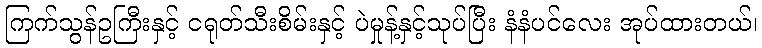
ကြက်သွန်ဥကြီးနှင့် ငရုတ်သီးစိမ်းနှင့် ပဲမှုန့်နှင့်သုပ်ပြီး နံနံပင်လေး အုပ်ထားတယ်၊